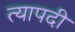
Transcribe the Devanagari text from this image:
त्यापदी